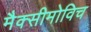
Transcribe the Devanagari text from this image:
मैक्सीमोविच